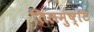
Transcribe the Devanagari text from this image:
तिलमुष्टि